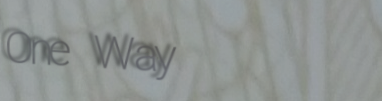
One Way